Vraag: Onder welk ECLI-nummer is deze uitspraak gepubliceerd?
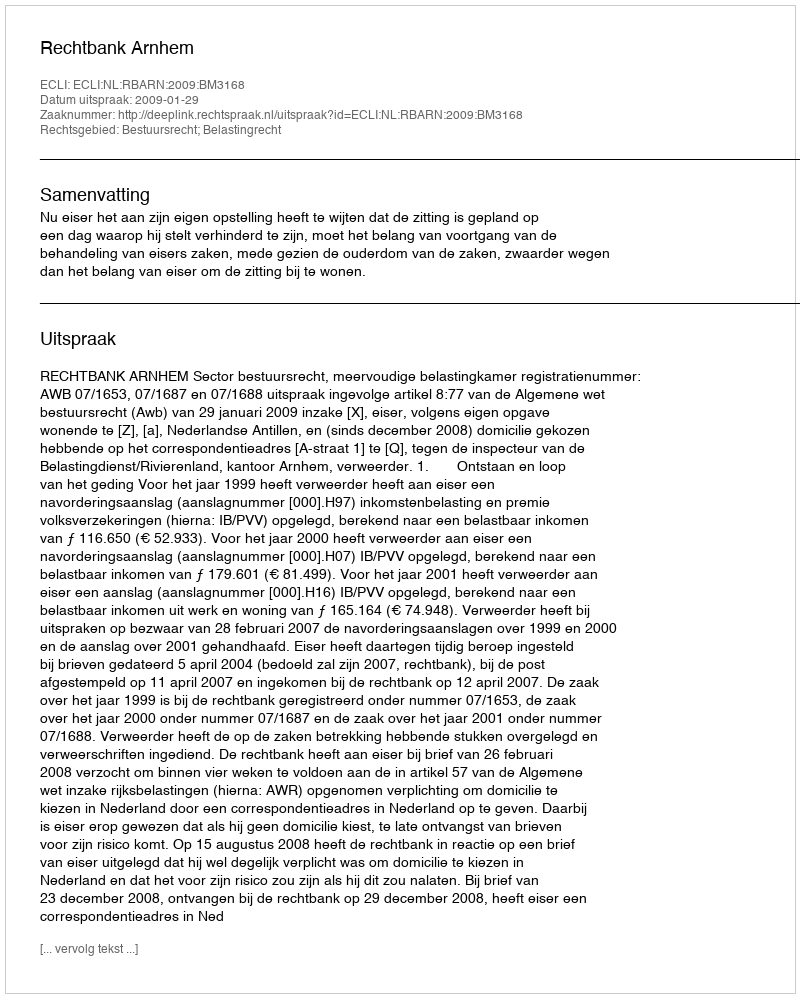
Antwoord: ECLI:NL:RBARN:2009:BM3168